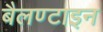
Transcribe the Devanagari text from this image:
बैलण्टाइन